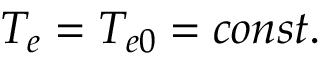
T _ { e } = T _ { e 0 } = c o n s t .